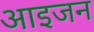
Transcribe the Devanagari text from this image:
आइजन